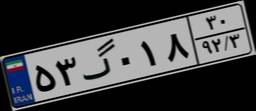
۵۴گ۳۶۸۳۶